Senior Leaving Certificate Examination (including Day School Certificate (Higher) General paper), 1946
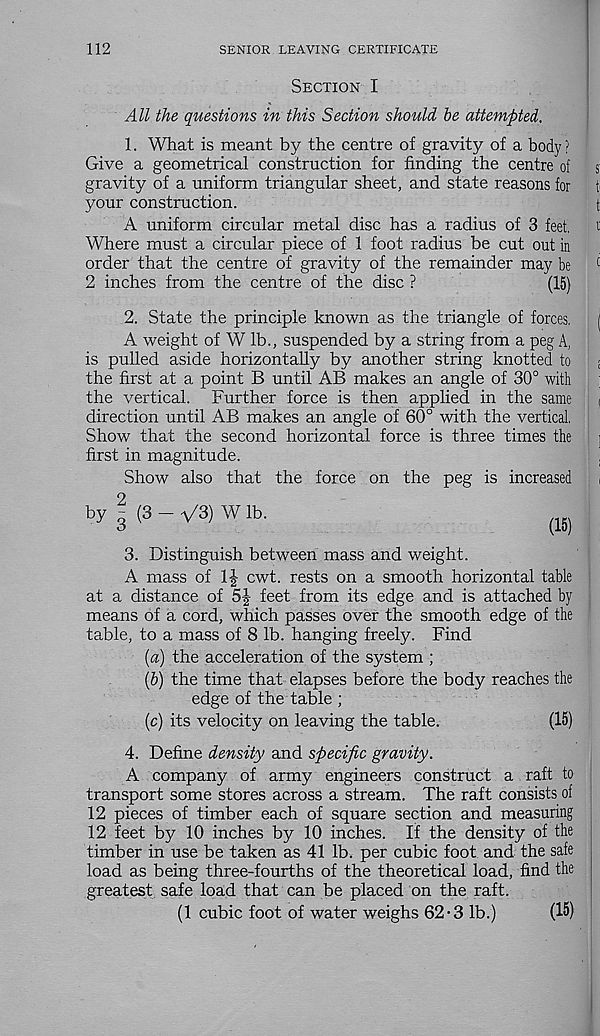
112
SENIOR LEAVING CERTIFICATE
Section I
All the questions in this Section should be attempted.
1. What is meant by the centre of gravity of a body?
Give a geometrical construction for finding the centre of
gravity of a uniform triangular sheet, and state reasons for
your construction.
A uniform circular metal disc has a radius of 3 feet.
Where must a circular piece of 1 foot radius be cut out in
order that the centre of gravity of the remainder may be
2 inches from the centre of the disc ?
(15)
2. State the principle known as the triangle of forces.
A weight of W lb., suspended by a string from a peg A,
is pulled aside horizontally by another string knotted to
the first at a point B until AB makes an angle of 30° with
the vertical. Further force is then applied in the same
direction until AB makes an angle of 60° with the vertical.
Show that the second horizontal force is three times the
first in magnitude.
Show also that the force on the peg is increased
by | (3 - V3) W lb.
3. Distinguish between mass and weight.
A mass of 1J cwt. rests on a smooth horizontal table
at a distance of 5J feet from its edge and is attached by
means of a cord, which passes over the smooth edge of the
table, to a mass of 8 lb. hanging freely. Find
[a) the acceleration of the system ;
(&) the time that elapses before the body reaches the
edge of the table ;
(c) its velocity on leaving the table.
(15)
4. Define density and specific gravity.
A company of army engineers construct a raft to
transport some stores across a stream. The raft consists of
12 pieces of timber each of square section and measuring
12 feet by 10 inches by 10 inches. If the density of the
timber in use be taken as 41 lb. per cubic foot and the safe
load as being three-fourths of the theoretical load, find the
greatest safe load that can be placed on the raft.
(1 cubic foot of water weighs 62-3 lb.)
(15)